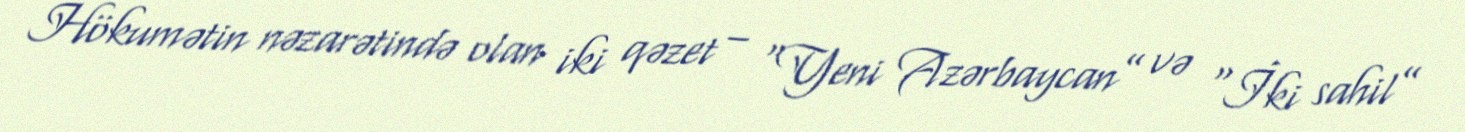
Hökumətin nəzarətində olan iki qəzet – “Yeni Azərbaycan” və “İki sahil”